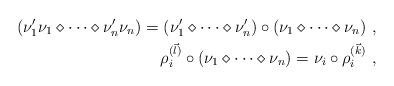
LaTeX: \begin{align*}(\nu'_1\nu_1\diamond\dots\diamond\nu'_n\nu_n)= (\nu'_1\diamond\dots\diamond\nu'_n)\circ(\nu_1\diamond\dots\diamond\nu_n)\ ,\\\rho^{(\vec l)}_i\circ(\nu_1\diamond\dots\diamond\nu_n)= \nu_i\circ\rho^{(\vec k)}_i\ ,\end{align*}